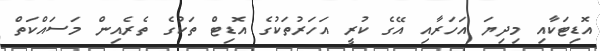
އޮޑިޓަކާއި މިދިޔަ އަހަރާއި އޭގެ ކުރީ އަހަރުތަކުގެ އޮޑިޓް ތަކުގެ ތެެރެއިން މަސައްކަތް